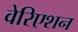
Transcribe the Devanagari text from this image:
वेरिएशन